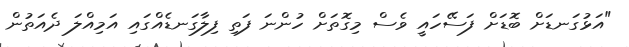
"އަޅުގަނޑަށް ބޮޑަށް ފަސޭހައީ ވެސް މިގޮތަށް ހުންނަ ފަތި ފިލާގަނޑެއްގައި އަމިއްލަ ދެއަތުން